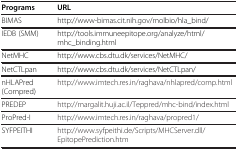
<table><thead><tr><td><b>Programs</b></td><td><b>URL</b></td></tr></thead><tbody><tr><td>BIMAS</td><td>http://www-bimas.cit.nih.gov/molbio/hla_bind/</td></tr><tr><td>IEDB (SMM)</td><td>http://tools.immuneepitope.org/analyze/html/mhc_binding.html</td></tr><tr><td>NetMHC</td><td>http://www.cbs.dtu.dk/services/NetMHC/</td></tr><tr><td>NetCTLpan</td><td>http://www.cbs.dtu.dk/services/NetCTLpan/</td></tr><tr><td>nHLAPred (Compred)</td><td>http://www.imtech.res.in/raghava/nhlapred/comp.html</td></tr><tr><td>PREDEP</td><td>http://margalit.huji.ac.il/Teppred/mhc-bind/index.html</td></tr><tr><td>ProPred-I</td><td>http://www.imtech.res.in/raghava/propred1/</td></tr><tr><td>SYFPEITHI</td><td>http://www.syfpeithi.de/Scripts/MHCServer.dll/EpitopePrediction.htm</td></tr></tbody></table>